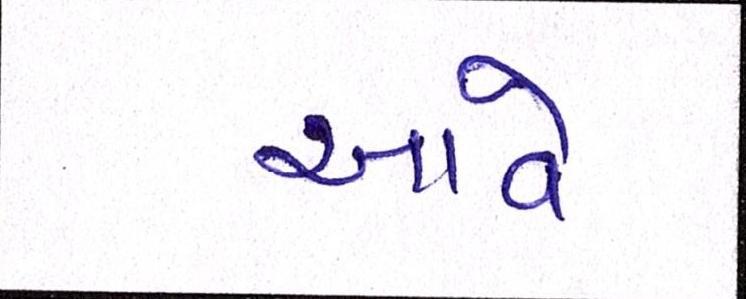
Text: આવે